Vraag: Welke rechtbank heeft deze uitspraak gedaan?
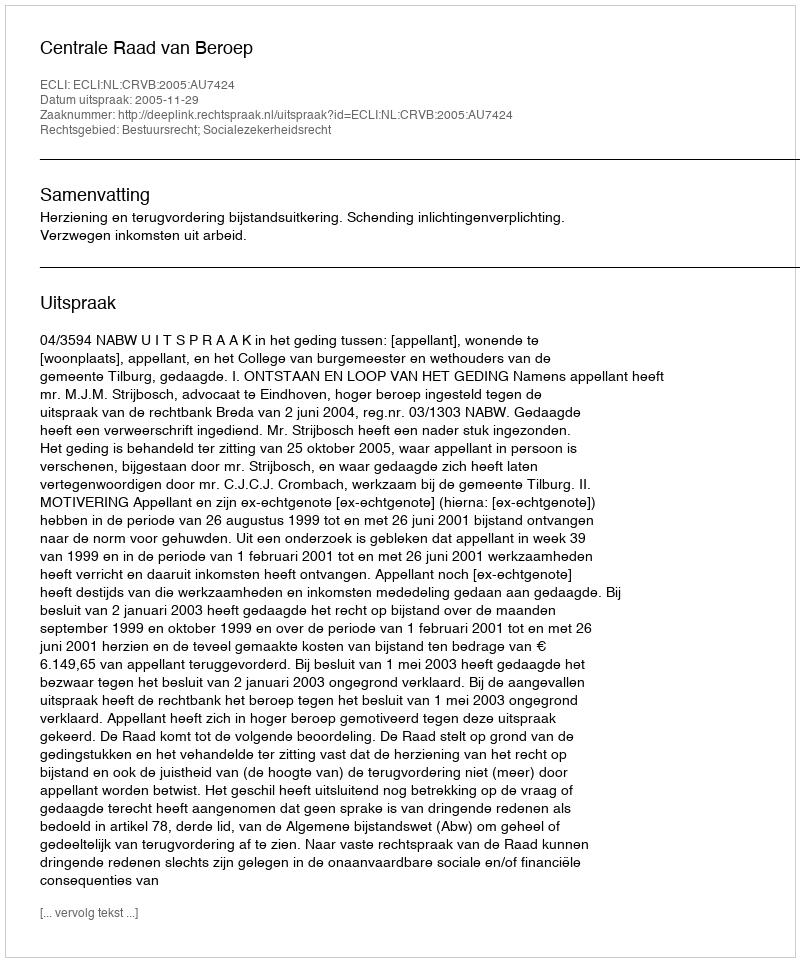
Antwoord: Centrale Raad van Beroep